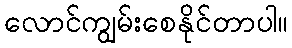
လောင်ကျွမ်းစေနိုင်တာပါ။